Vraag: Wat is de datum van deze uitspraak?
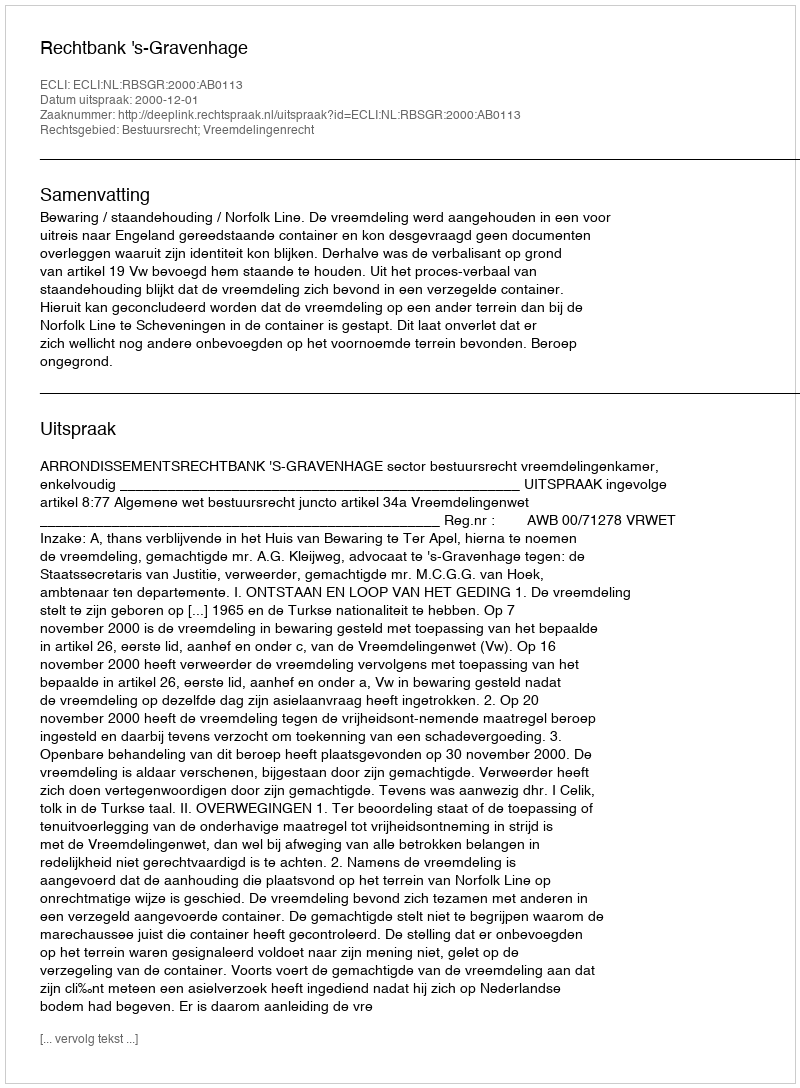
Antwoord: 2000-12-01